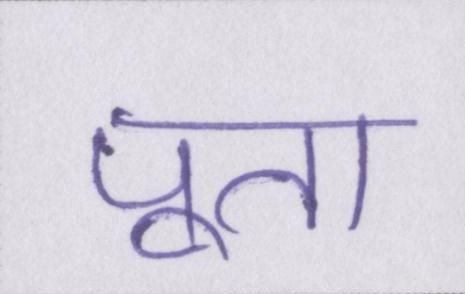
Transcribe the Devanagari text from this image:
पूत